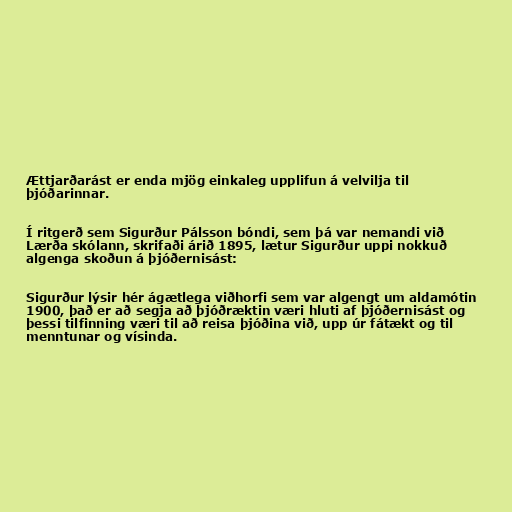
Ættjarðarást er enda mjög einkaleg upplifun á velvilja til
þjóðarinnar.

Í ritgerð sem Sigurður Pálsson bóndi, sem þá var nemandi við
Lærða skólann, skrifaði árið 1895, lætur Sigurður uppi nokkuð
algenga skoðun á þjóðernisást:

Sigurður lýsir hér ágætlega viðhorfi sem var algengt um aldamótin
1900, það er að segja að þjóðræktin væri hluti af þjóðernisást og
þessi tilfinning væri til að reisa þjóðina við, upp úr fátækt og til
menntunar og vísinda.